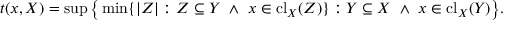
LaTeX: t ( x , X ) = \operatorname* { s u p } { \big \{ } \operatorname* { m i n } \{ | Z | : Z \subseteq Y \ \wedge \ x \in \mathrm { { c l } } _ { X } ( Z ) \} : Y \subseteq X \ \wedge \ x \in \mathrm { { c l } } _ { X } ( Y ) { \big \} } .